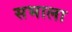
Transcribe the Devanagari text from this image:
सभाला